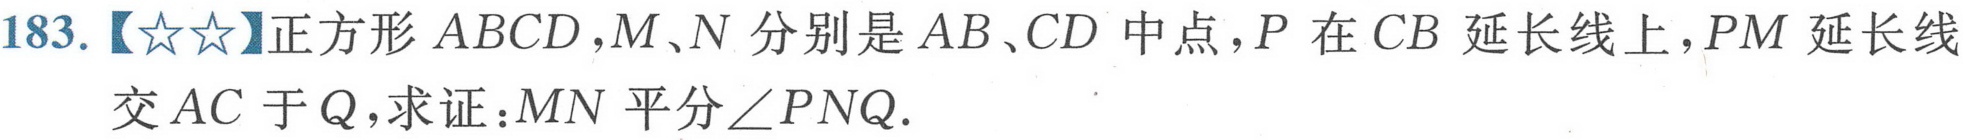
183. 【★★】正方形 \(ABCD\)，\(M、N\) 分别是 \(AB、CD\) 中点，\(P\) 在 \(CB\) 延长线上，\(PM\) 延长线
交 \(AC\) 于 \(Q\)，求证：\(MN\) 平分\(\angle PNQ\).